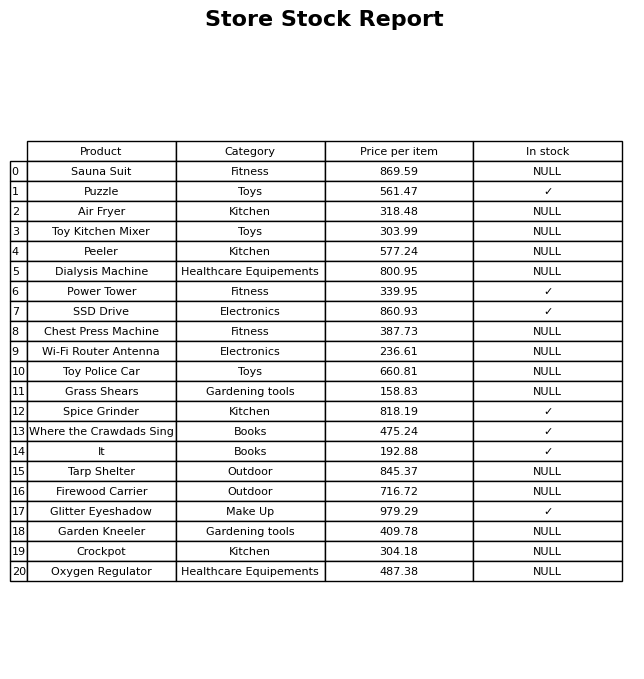
question: What category does the Oxygen Regulator belong to?
answer: Healthcare Equipements